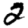
Digit: 2